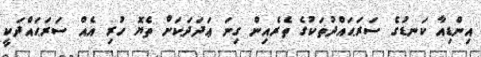
އިންޑިއާ ކަނޑުގެ ސަރަޙައްދުތަކުގެ ތެރެއިން ގިނަ ޢަދަދަކަށް ތެޔޮ ހުރި އެއް ސަރަޙައްދަކީ